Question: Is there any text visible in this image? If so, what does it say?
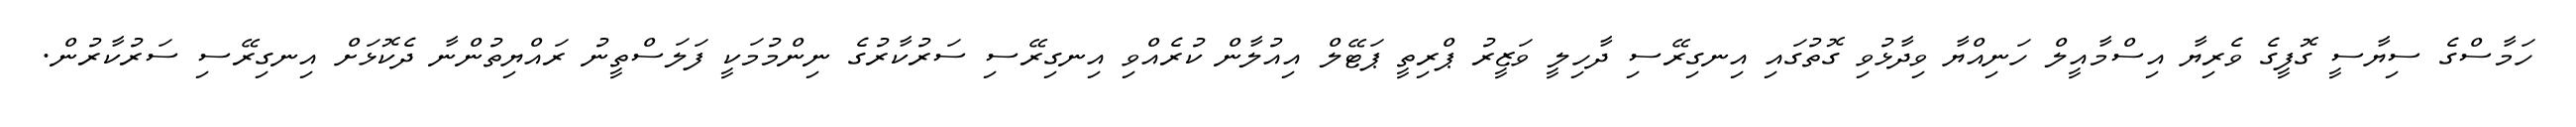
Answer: ހަމާސްގެ ސިޔާސީ ގޮފީގެ ވެރިޔާ އިސްމާއީލް ހަނިއްޔާ ވިދާޅުވި ގޮތުގައި އިނގިރޭސި ދާހިލީ ވަޒީރު ޕްރިތީ ޕަޓޭލް އިއުލާން ކުރެއްވި އިނގިރޭސި ސަރުކާރުގެ ނިންމުމަކީ ފަލަސްތީނު ރައްޔިތުންނާ ދެކޮޅަށް އިނގިރޭސި ސަރުކާރުން.